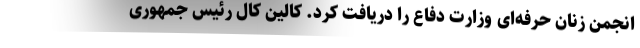
انجمن زنان حرفه‌ای وزارت دفاع را دریافت کرد. کالین کال رئیس جمهوری